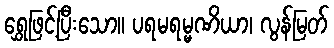
ရွှေဖြင့်ပြီးသော။ ပရမရမ္မဏိယာ၊ လွန်မြတ်